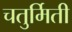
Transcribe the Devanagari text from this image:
चतुर्मिती